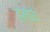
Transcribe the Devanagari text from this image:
हमारे।